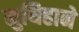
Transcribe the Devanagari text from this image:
मुथिहाने